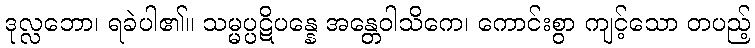
ဒုလ္လဘော၊ ရခဲပါ၏။ သမ္မပ္ပဋိပန္နေ အန္တေဝါသိကေ၊ ကောင်းစွာ ကျင့်သော တပည့်